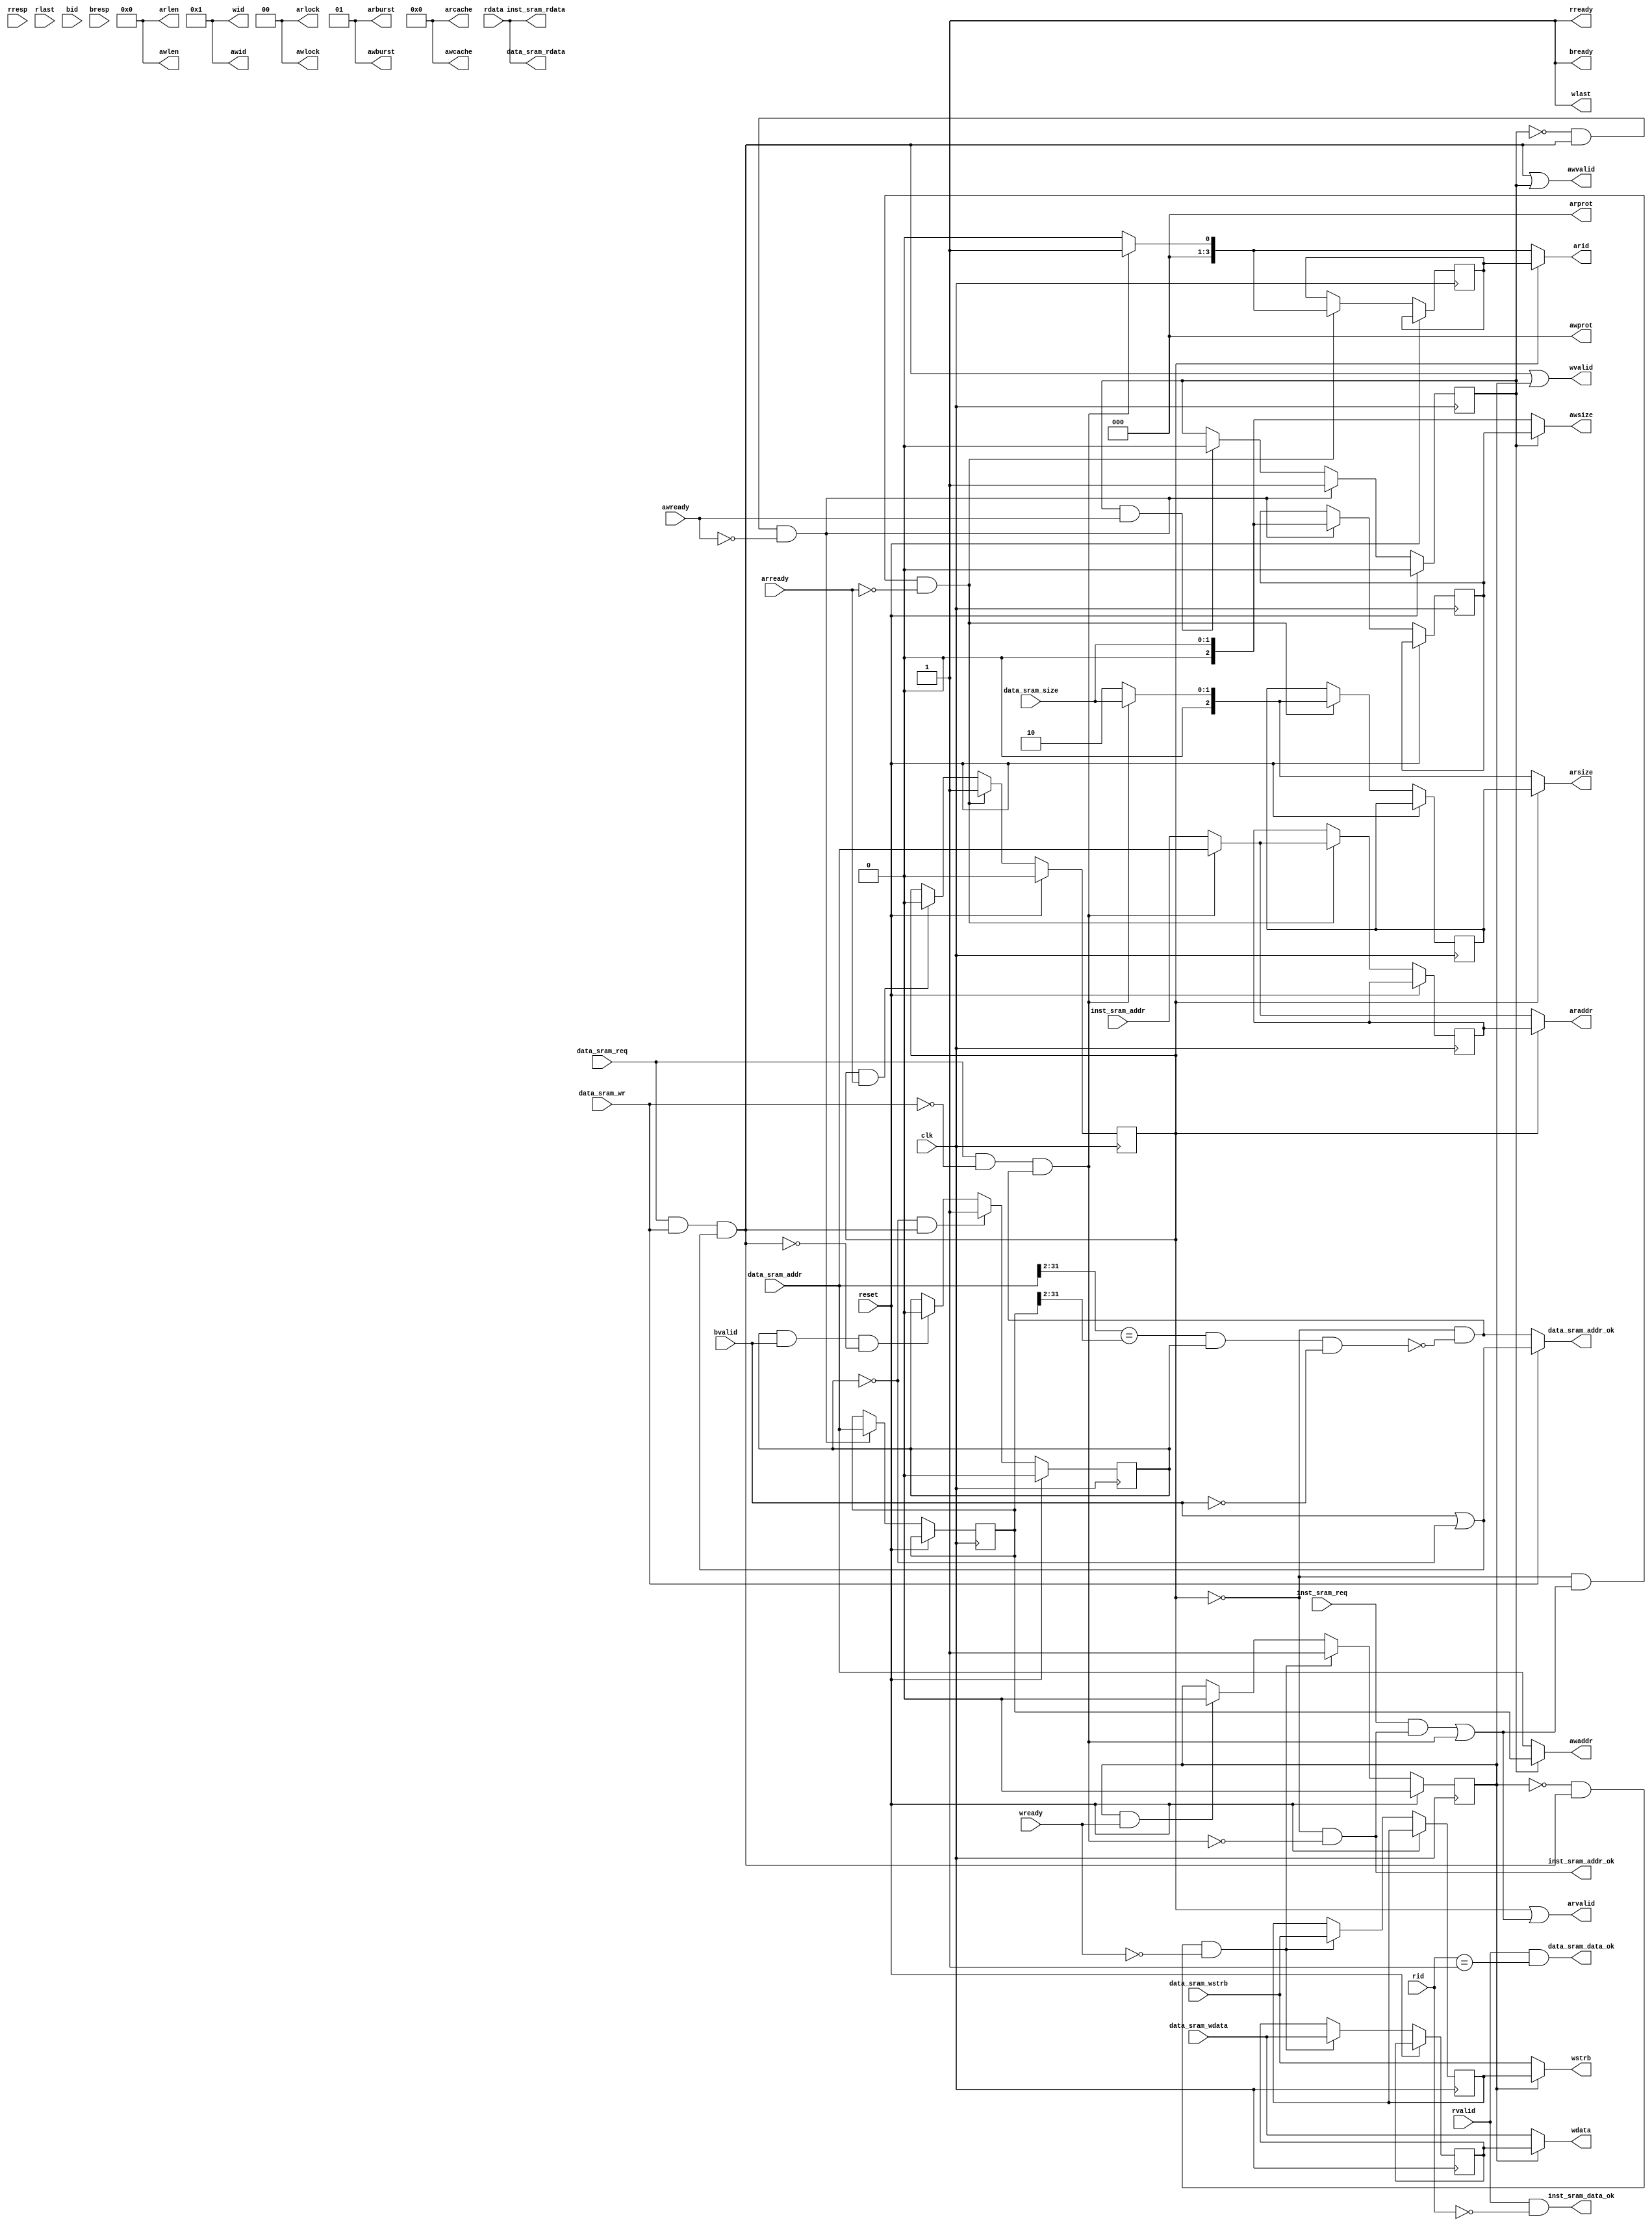
module axi_bridge(
    input         clk   ,
    input         reset ,

    output [3 :0] arid   ,
    output [31:0] araddr ,
    output [7 :0] arlen  ,
    output [2 :0] arsize ,
    output [1 :0] arburst,
    output [1 :0] arlock ,
    output [3 :0] arcache,
    output [2 :0] arprot ,
    output        arvalid,
    input         arready,

    input [3 :0] rid    ,
    input [31:0] rdata  ,
    input [1 :0] rresp  ,
    input        rlast  ,
    input        rvalid ,
    output       rready ,

    output [3 :0] awid   ,
    output [31:0] awaddr ,
    output [7 :0] awlen  ,
    output [2 :0] awsize ,
    output [1 :0] awburst,
    output [1 :0] awlock ,
    output [3 :0] awcache,
    output [2 :0] awprot ,
    output        awvalid,
    input         awready,

    output [3 :0] wid    ,
    output [31:0] wdata  ,
    output [3 :0] wstrb  ,
    output        wlast  ,
    output        wvalid ,
    input         wready ,

    input [3 :0] bid    ,
    input [1 :0] bresp  ,
    input        bvalid ,
    output       bready ,

    // inst ram
    input inst_sram_req  ,
    //input inst_sram_wr    ,
    //input [1:0] inst_sram_size   ,
    //input [3:0] inst_sram_wstrb  ,
    input [31:0] inst_sram_addr   ,
    //input [31:0] inst_sram_wdata  ,
    output inst_sram_addr_ok,
    output inst_sram_data_ok,
    output [31:0] inst_sram_rdata  ,

    // data ram
    input data_sram_req    ,
    input data_sram_wr     ,
    input  [1:0] data_sram_size   ,
    input  [3:0] data_sram_wstrb ,
    input  [31:0] data_sram_addr   ,
    input  [31:0] data_sram_wdata ,
    output data_sram_addr_ok,
    output data_sram_data_ok,
    output  [31:0] data_sram_rdata 
);

localparam  ID_INST = 4'd0, 
            ID_DATA = 4'd1;

// ar
wire   data_sram_raddr_ok;
wire   data_sram_waddr_ok;

assign arlen = 8'd0;
assign arburst = 2'b01;
assign arlock = 2'd0;
assign arcache = 4'd0;
assign arprot = 3'd0;

wire inst_arreq;
wire data_arreq;

wire cpu_arreq;
wire [31:0] cpu_araddr;
wire [2:0] cpu_arsize;
wire [3:0] cpu_arid;

reg ar_req;
reg [31:0] araddr_r;
reg [2:0]  arsize_r;
reg [3:0]  arid_r;

assign inst_arreq = inst_sram_req & inst_sram_addr_ok;
assign data_arreq = data_sram_req & ~data_sram_wr & data_sram_raddr_ok;
assign cpu_arreq  = inst_arreq | data_arreq;
assign cpu_araddr = data_arreq ? data_sram_addr : inst_sram_addr;
assign cpu_arsize = data_arreq ? {1'd0,data_sram_size} : 3'd2;
assign cpu_arid   = data_arreq ? ID_DATA : ID_INST;

assign araddr = ar_req ? araddr_r : cpu_araddr;
assign arsize = ar_req ? arsize_r : cpu_arsize;
assign arid   = ar_req ? arid_r   : cpu_arid;

always @(posedge clk) begin
    if(reset) 
        ar_req <= 1'd0;
    else if(~ar_req & cpu_arreq & ~arready) begin 
        ar_req   <= 1'd1;
        araddr_r <= cpu_araddr;
        arsize_r <= cpu_arsize;
        arid_r   <= cpu_arid  ;
    end
    else if(ar_req & arready) 
        ar_req <= 1'd0;
end

assign arvalid = ar_req | cpu_arreq;

// r
assign rready = 1'd1;
assign inst_sram_data_ok = rvalid && rid == ID_INST;
assign data_sram_data_ok = rvalid && rid == ID_DATA;
assign inst_sram_rdata   = rdata;
assign data_sram_rdata   = rdata;

//aw && w 
assign awid = ID_DATA;
assign awlen = 8'd0;
assign awburst = 2'b01;
assign awlock = 2'd0;
assign awcache = 4'd0;
assign awprot = 3'd0;
assign wid = ID_DATA;
assign wlast = 1'd1;

wire data_awreq;
reg  aw_req;
reg  w_write;

reg [31:0] awaddr_r;
reg [2:0]  awsize_r;
reg [3:0]  wstrb_r;
reg [31:0] wdata_r;

assign data_awreq = data_sram_req & data_sram_wr & data_sram_waddr_ok;

assign awaddr = aw_req ? awaddr_r : data_sram_addr;
assign awsize = aw_req ? awsize_r : {1'd0,data_sram_size};
assign wstrb = w_write ? wstrb_r  : data_sram_wstrb  ;
assign wdata = w_write ? wdata_r  : data_sram_wdata  ;

always @(posedge clk) begin
    if(reset) 
        aw_req <= 1'd0;
    else if(~aw_req & data_awreq & ~awready) begin
        aw_req   <= 1'd1;
        awaddr_r <= data_sram_addr;
        awsize_r   <= {1'd0,data_sram_size};
    end
    else if(aw_req & awready) 
        aw_req <= 1'd0;
end

assign awvalid = data_awreq | aw_req;

always @(posedge clk) begin
    if(reset) 
        w_write <= 1'd0;
    else if(~w_write & data_awreq & ~wready) begin 
        w_write <= 1'd1;
        wstrb_r <= data_sram_wstrb;
        wdata_r <= data_sram_wdata;
    end
    else if(w_write & wready) 
        w_write <= 1'd0;
end

assign wvalid = data_awreq | w_write;

// b
assign bready = 1'd1;
reg w_not_finish;
always @(posedge clk) begin
    if(reset) 
        w_not_finish <= 1'd0;
    else if(~w_not_finish & data_awreq) 
        w_not_finish <= 1'd1;
    else if(w_not_finish & bvalid & ~data_awreq)
        w_not_finish <= 1'd0;
end

assign data_sram_waddr_ok = bvalid | ~w_not_finish;

// a very rough hazard detect
wire data_hazard;
wire inst_hazard;
assign data_hazard = data_sram_addr[31:2] == awaddr_r[31:2];
assign inst_hazard = 1'd0;
//assign inst_hazard = inst_sram_addr[31:2] == awaddr_r[31:2];
//assign inst_sram_addr_ok = ~ar_req & ~(inst_hazard & w_not_finish & ~bvalid) & ~data_arreq;
assign inst_sram_addr_ok = ~ar_req & ~data_arreq;
assign data_sram_raddr_ok = ~ar_req & ~(data_hazard & w_not_finish & ~bvalid);
assign data_sram_addr_ok = data_sram_wr ? data_sram_waddr_ok : data_sram_raddr_ok;

endmodule